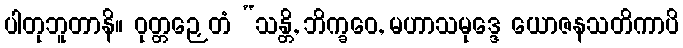
ပါတုဘူတာနိ။ ဝုတ္တဉှေတံ “သန္တိ, ဘိက္ခဝေ, မဟာသမုဒ္ဒေ ယောဇနသတိကာပိ